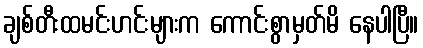
ချစ်တီးထမင်းဟင်းများက ကောင်းစွာမှတ်မိ နေပါပြီ။